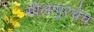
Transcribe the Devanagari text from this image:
सोलापूरचेच